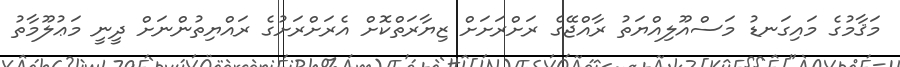
މަޤާމުގެ މައިގަނޑު މަސްއޫލިއްޔަތު ރާއްޖޭގެ ރަށްރަށަށް ޒިޔާރަތްކޮށް އެރަށްރަށުގެ ރައްޔިތުންނަށް ދީނީ މަޢުލޫމާތު